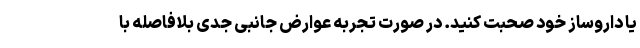
یا داروساز خود صحبت کنید. در صورت تجربه عوارض جانبی جدی بلافاصله با